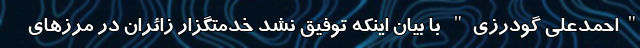
"احمدعلی گودرزی" با بیان اینکه توفیق نشد خدمتگزار زائران در مرزهای